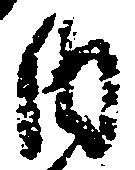
内